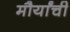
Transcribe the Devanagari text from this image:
मौर्यांची